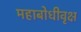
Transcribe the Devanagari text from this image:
महाबोधीवृक्ष